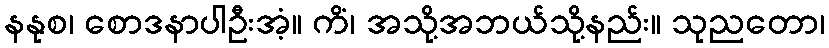
နနုစ၊ စောဒနာပါဦးအံ့။ ကိံ၊ အသို့အဘယ်သို့နည်း။ သုညတော၊